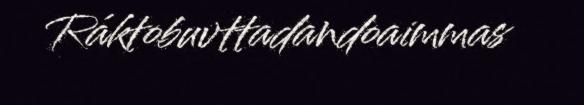
Ráktobuvttadandoaimmas